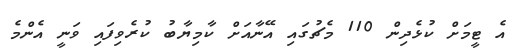
އެ ޓީމަށް ކުޅެދިން 110 މެޗުގައި އޭނާއަށް ކާމިޔާބު ކުރެވިފައި ވަނީ އެންމެ